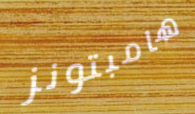
هامبتونز